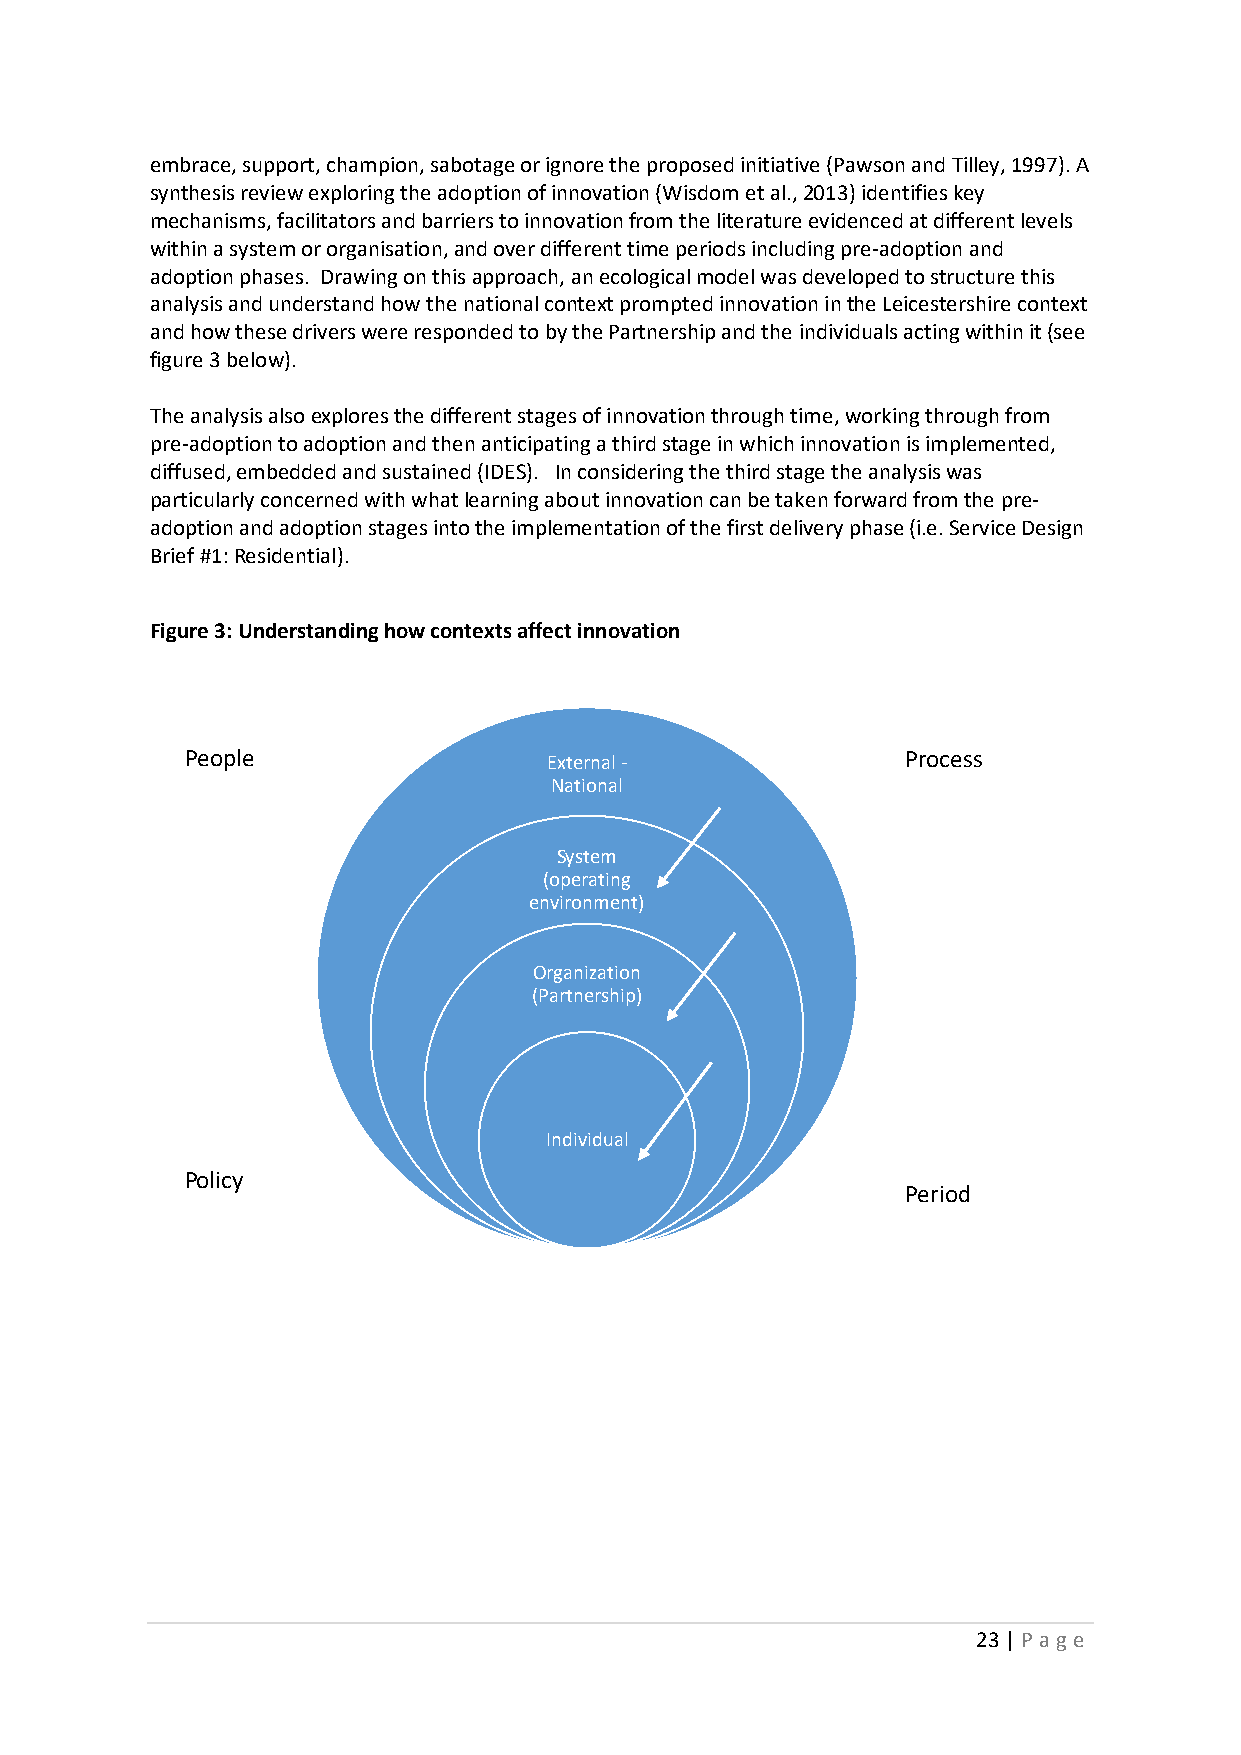
embrace, support, champion, sabotage or ignore the proposed initiative (Pawson and Tilley, 1997). A
 synthesis review exploring the adoption of innovation (Wisdom et al., 2013) identifies key
 mechanisms, facilitators and barriers to innovation from the literature evidenced at different levels
 within a system or organisation, and over different time periods including pre-adoption and
 adoption phases. Drawing on this approach, an ecological model was developed to structure this
 analysis and understand how the national context prompted innovation in the Leicestershire context
 and how these drivers were responded to by the Partnership and the individuals acting within it (see
 figure 3 below).
 The analysis also explores the different stages of innovation through time, working through from
 pre-adoption to adoption and then anticipating a third stage in which innovation is implemented,
 diffused, embedded and sustained (IDES). In considering the third stage the analysis was
 particularly concerned with what learning about innovation can be taken forward from the pre-
 adoption and adoption stages into the implementation of the first delivery phase (i.e. Service Design
 Brief #1: Residential).
 Figure 3: Understanding how contexts affect innovation
 People                  External -              Process
 National
 System
 (operating
 environment)
 Organization
 (Partnership)
 Individual
 Policy
 Period
 23 | P age